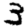
Digit: 3